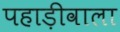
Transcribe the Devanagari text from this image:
पहाड़ीवाला